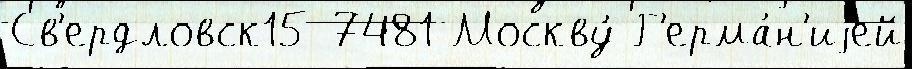
Св'ердловск15 7481 Москву́ Г'ерма́н'иjей